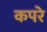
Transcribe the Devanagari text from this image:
कपरे